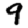
Digit: 9